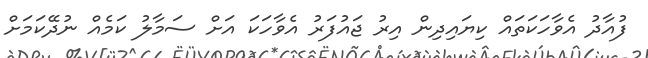
ފުއާދު އެވާހަކަތައް ކިޔައިދިން އިރު ޖައުފަރު އެވާހަކަ އަށް ސަމާލު ކަމެއް ނުދޭކަމަށް